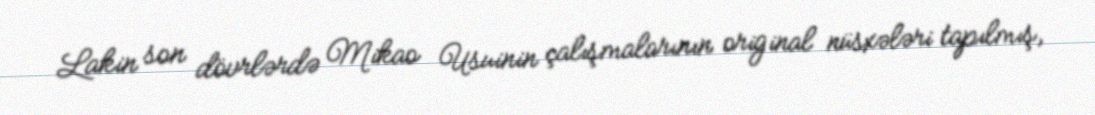
Lakin son dövrlərdə Mikao Usuinin çalışmalarının original nüsxələri tapılmış,